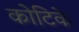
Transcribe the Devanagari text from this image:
कोटिके